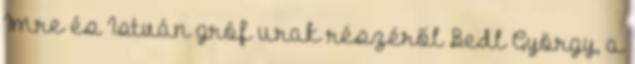
Imre és István gróf urak részéről Bedl György, a